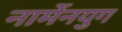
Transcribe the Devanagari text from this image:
नार्मेनयुग